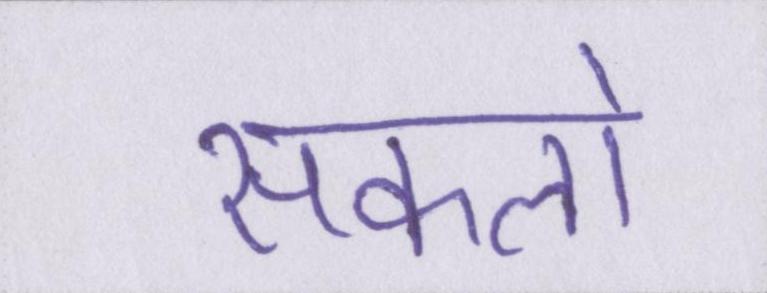
सकलो